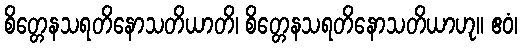
စိတ္တေနသရတိနောသတိယာတိ၊ စိတ္တေနသရတိနောသတိယာဟု။ ဧဝံ၊